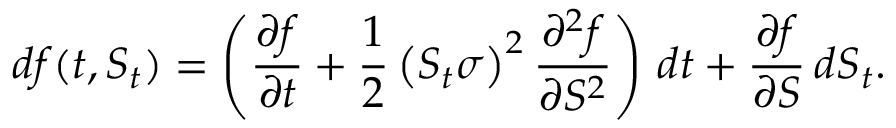
d f ( t , S _ { t } ) = \left( { \frac { \partial f } { \partial t } } + { \frac { 1 } { 2 } } \left( S _ { t } \sigma \right) ^ { 2 } { \frac { \partial ^ { 2 } f } { \partial S ^ { 2 } } } \right) \, d t + { \frac { \partial f } { \partial S } } \, d S _ { t } .